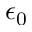
\epsilon _ { 0 }